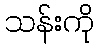
သန်းကို